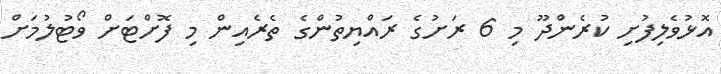
އޮޅުވެލިފުށި ކުރެންދޫ މި 6 ރަށުގެ ރައްޔިތުންގެ ތެރެއިން މި ފޮށްޓަށް ވޯޓުލުމަށް